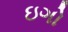
ઇગો